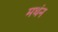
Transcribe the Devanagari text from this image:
मथंन